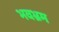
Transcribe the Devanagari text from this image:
भवभ्रम